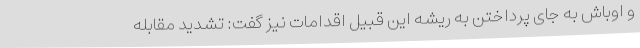
و اوباش به جای پرداختن به ریشه این قبیل اقدامات نیز گفت: تشدید مقابله